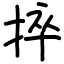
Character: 捽